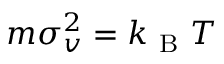
m \sigma _ { v } ^ { 2 } = k _ { \mathrm { ~ B ~ } } T